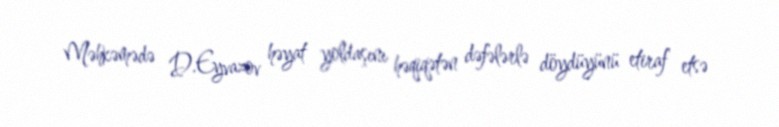
Məhkəmədə D.Eyvazov həyat yoldaşını həqiqətən dəfələrlə döydüyünü etiraf etsə